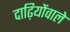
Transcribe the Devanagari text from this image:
दाढ़ियोंवाले